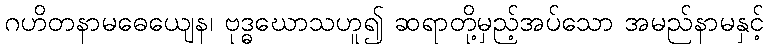
ဂဟိတနာမဓေယျေန၊ ဗုဒ္ဓဃောသဟူ၍ ဆရာတို့မှည့်အပ်သော အမည်နာမနှင့်